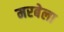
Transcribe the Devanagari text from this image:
मरबेला